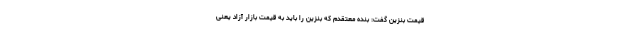
قیمت بنزین گفت: بنده معتقدم که بنزین را باید به قیمت بازار آزاد یعنی